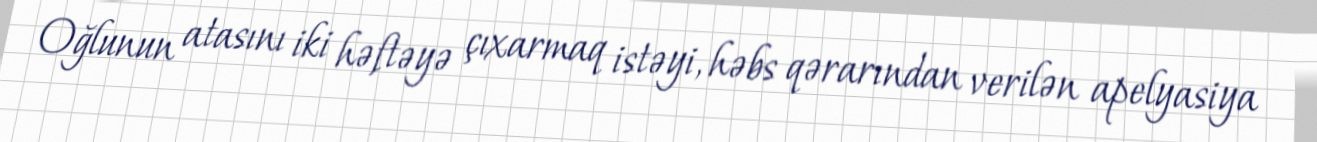
Oğlunun atasını iki həftəyə çıxarmaq istəyi, həbs qərarından verilən apelyasiya